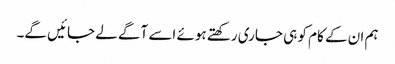
ہم ان کے کام کو ہی جاری رکھتے ہوئے اسے آگے لے جائیں گے۔